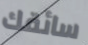
سائقك